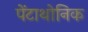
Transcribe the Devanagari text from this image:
पेंटाथोनिक